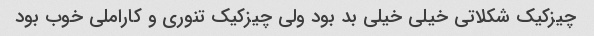
چیزکیک شکلاتی خیلی خیلی بد بود ولی چیزکیک تنوری و کاراملی خوب بود